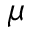
\mu